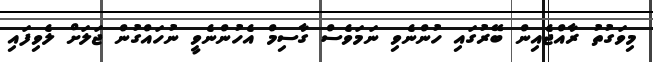
މިވަގުތު ރާއްޖެއިން ބޭރުގައި ހުންނެވި ނަމަވެސް ގާސިމް އެހުންނެވީ ނުހައްގުން ޖަލަށް ލެވިފައި